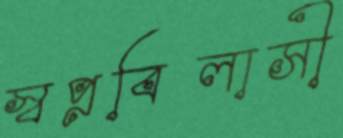
স্বপ্নবিলাসী